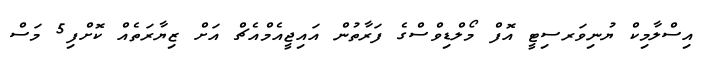
އިސްލާމިކް ޔުނިވަރސިޓީ އޮފް މޯލްޑިވްސްގެ ފަރާތުން އައިޖީއެމްއެޗް އަށް ޒިޔާރަތެއް ކޮށްފި5 މަސް